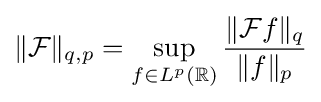
\|{\mathcal {F}}\|_{q,p}=\sup _{f\in L^{p}(\mathbb {R} )}{\frac {\|{\mathcal {F}}f\|_{q}}{\|f\|_{p}}}